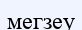
мегзеу